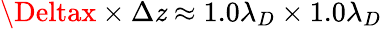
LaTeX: \Deltax\times\Delta\mathit{z}\approx1.0\lambda_{D}\times1.0\lambda_{D}